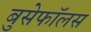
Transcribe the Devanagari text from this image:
बुसेफॉलस